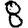
Digit: 8